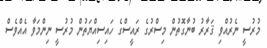
މުރުސީ ނެރުއްވި ޤަރާރު ބުނާގޮތުން މިސްރުގެ ރައީސްގެ ހައިސިއްޔަތުން މުރުސީ ނިންމަވާ އެއްވެސް